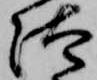
汰